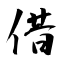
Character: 借